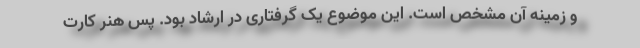
و زمینه آن مشخص است. این موضوع یک گرفتاری در ارشاد بود. پس هنر کارت